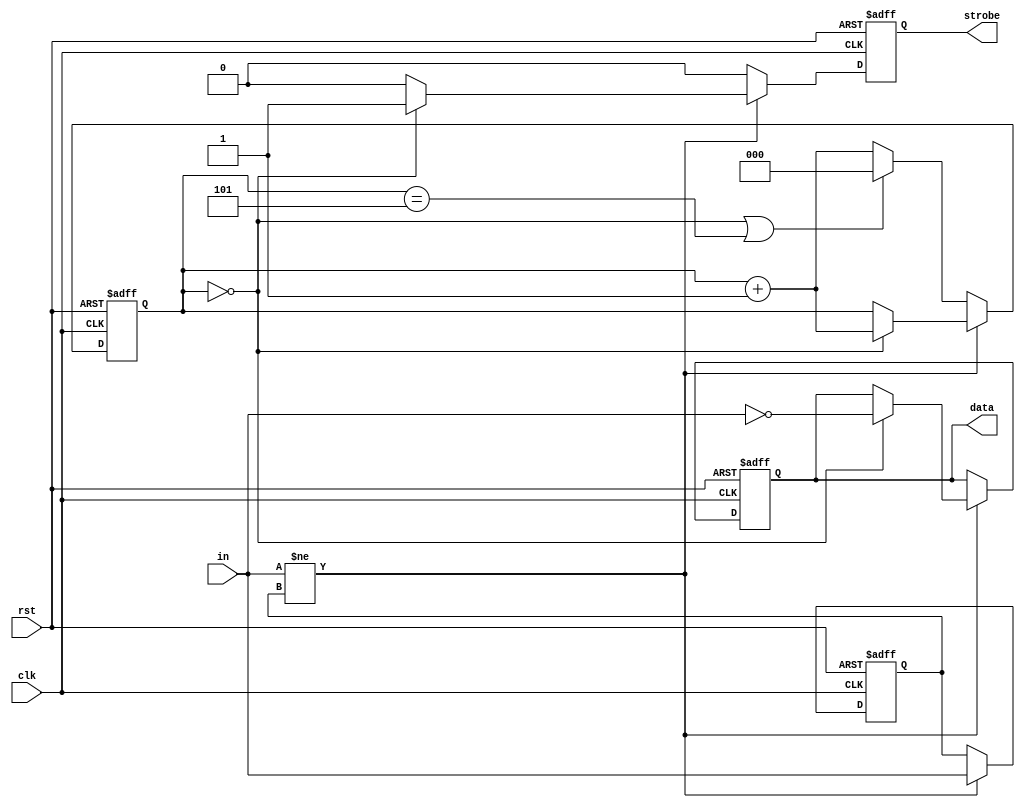
module MAN_decoder_RTL(clk, in, strobe, data, rst);
	input clk;
	input in;
	output reg strobe;
	output reg data;
	input rst;
	
	reg old_in;
	reg [2:0] counter;
	
	always @(posedge clk or negedge rst) begin
		if (!rst) begin
			old_in <= 1'b1;
			counter <= 3'b0;
			data <= 1'b0;
			strobe <= 1'b0;
		end
		else begin
			if (strobe)
				strobe <= 1'b0;
			if (in != old_in) begin
				old_in <= in;
				if (counter == 3'd0) begin
					strobe <= 1'b1;
					data <= ~in;
					counter <= counter + 1;
				end
			end
			else begin
				if (counter == 3'd0 || counter == 3'd5)
					counter <= 3'd0;
				else
					counter <= counter + 1;
			end
		end
	end
	
endmodule